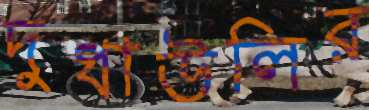
দুধাউলির